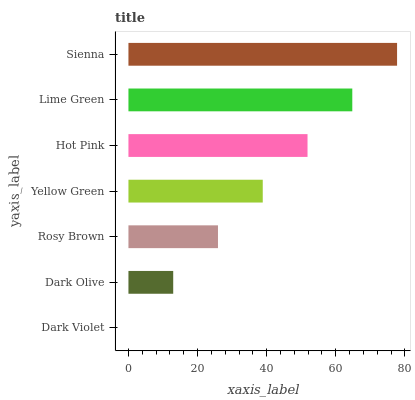
| yaxis_label | bars |
 | --- | --- |
 | Dark Violet | 0 |
 | Dark Olive | 13 |
 | Rosy Brown | 25.9 |
 | Yellow Green | 38.9 |
 | Hot Pink | 51.8 |
 | Lime Green | 64.8 |
 | Sienna | 77.7 |